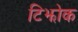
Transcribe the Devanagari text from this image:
टिझोक